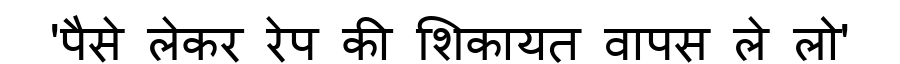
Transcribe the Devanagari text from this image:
'पैसे लेकर रेप की शिकायत वापस ले लो'